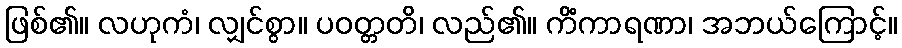
ဖြစ်၏။ လဟုကံ၊ လျှင်စွာ။ ပဝတ္တတိ၊ လည်၏။ ကိံကာရဏာ၊ အဘယ်ကြောင့်။